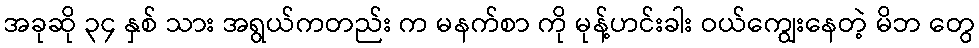
အခုဆို ၃၄ နှစ် သား အရွယ်ကတည်း က မနက်စာ ကို မုန့်ဟင်းခါး ဝယ်ကျွေးနေတဲ့ မိဘ တွေ